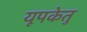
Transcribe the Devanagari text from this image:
यूपकेतु